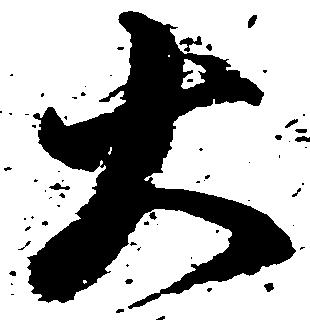
大